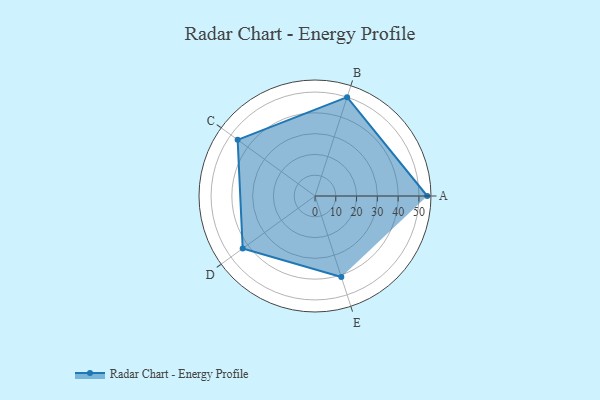
{"axis": {"x": "Skill", "y": "Score"}, "legend": ["Profile"], "data": [{"x": "A", "y": 54.0, "type": "Profile"}, {"x": "B", "y": 50.0, "type": "Profile"}, {"x": "C", "y": 46.0, "type": "Profile"}, {"x": "D", "y": 43.0, "type": "Profile"}, {"x": "E", "y": 41.0, "type": "Profile"}]}